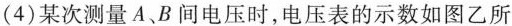
(4)某次测量A、B间电压时，电压表的示数如图乙所